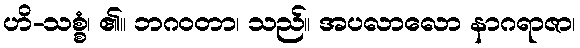
ဟိ-သစ္စံ၊ ၏။ ဘဂဝတာ၊ သည်။ အပလာလော နာဂရာဇာ၊